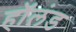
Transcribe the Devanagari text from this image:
हाॅलंड